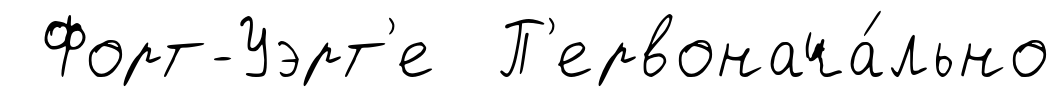
Форт-Уэрт'е П'ервонача́льно